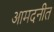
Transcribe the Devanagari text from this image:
आमदनीत